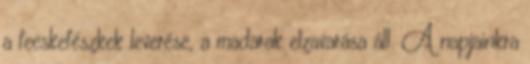
a fecskefészkek leverése, a madarak elzavarása áll. A napjainkra